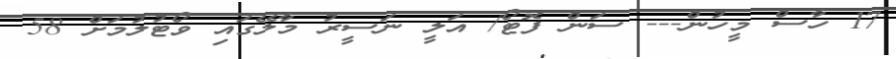
17 ހާސް މީހުން--- ސަން ފޮޓޯ/ އަލީ ނަސީރު މާލޭގައި ވޯޓުލުމަށް 58